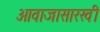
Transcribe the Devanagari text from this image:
आवाजासारखी